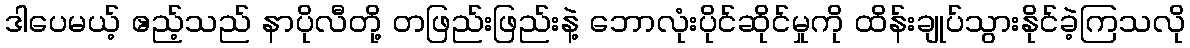
ဒါပေမယ့် ဧည့်သည် နာပိုလီတို့ တဖြည်းဖြည်းနဲ့ ဘောလုံးပိုင်ဆိုင်မှုကို ထိန်းချုပ်သွားနိုင်ခဲ့ကြသလို